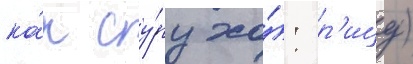
ка́н су́ру хо́: р'ицу)